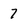
Character: 7